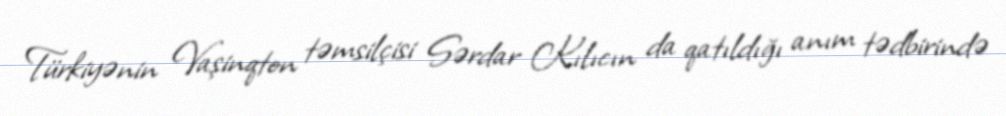
Türkiyənin Vaşinqton təmsilçisi Sərdar Kılıcın da qatıldığı anım tədbirində